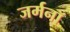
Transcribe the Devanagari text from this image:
जर्मनॉ